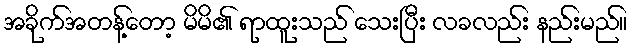
အခိုက်အတန့်တော့ မိမိ၏ ရာထူးသည် သေးပြီး လခလည်း နည်းမည်။